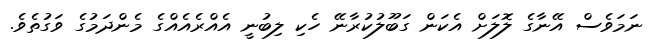
ނަމަވެސް އޭނާގެ ލޮލަށް އެކަން ގަބޫލުކުރާނޭ ހެކި ލިބުނީ އެއްރެއެއްގެ މެންދަމުގެ ވަގުތެވެ.